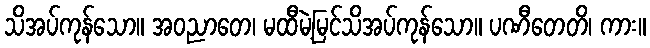
သိအပ်ကုန်သော။ အဝညာတေ၊ မထီမဲ့မြင်သိအပ်ကုန်သော။ ပဏီတေတိ၊ ကား။